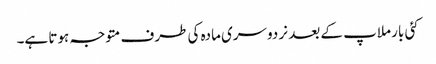
کئی بار ملاپ کے بعد نر دوسری مادہ کی طرف متوجہ ہوتا ہے۔